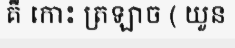
គឺ កោះ ត្រឡាច ( យួន